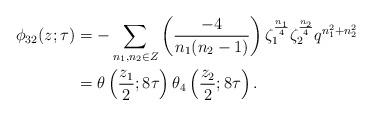
LaTeX: \begin{align*}\phi_{32}(z; \tau) &=-\sum_{n_1, n_2 \in Z} \left(\frac{-4}{n_1(n_2-1)} \right) \zeta_{1}^{\frac{n_1}{4}} \zeta_{2}^{\frac{n_2}{4}} q^{n_{1}^2 + n_{2}^2} \\&= \theta \left(\frac{z_1}{2}; 8 \tau \right) \theta_{4} \left(\frac{z_2}{2}; 8 \tau \right).\end{align*}